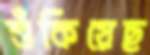
শুঁকিয়েছ